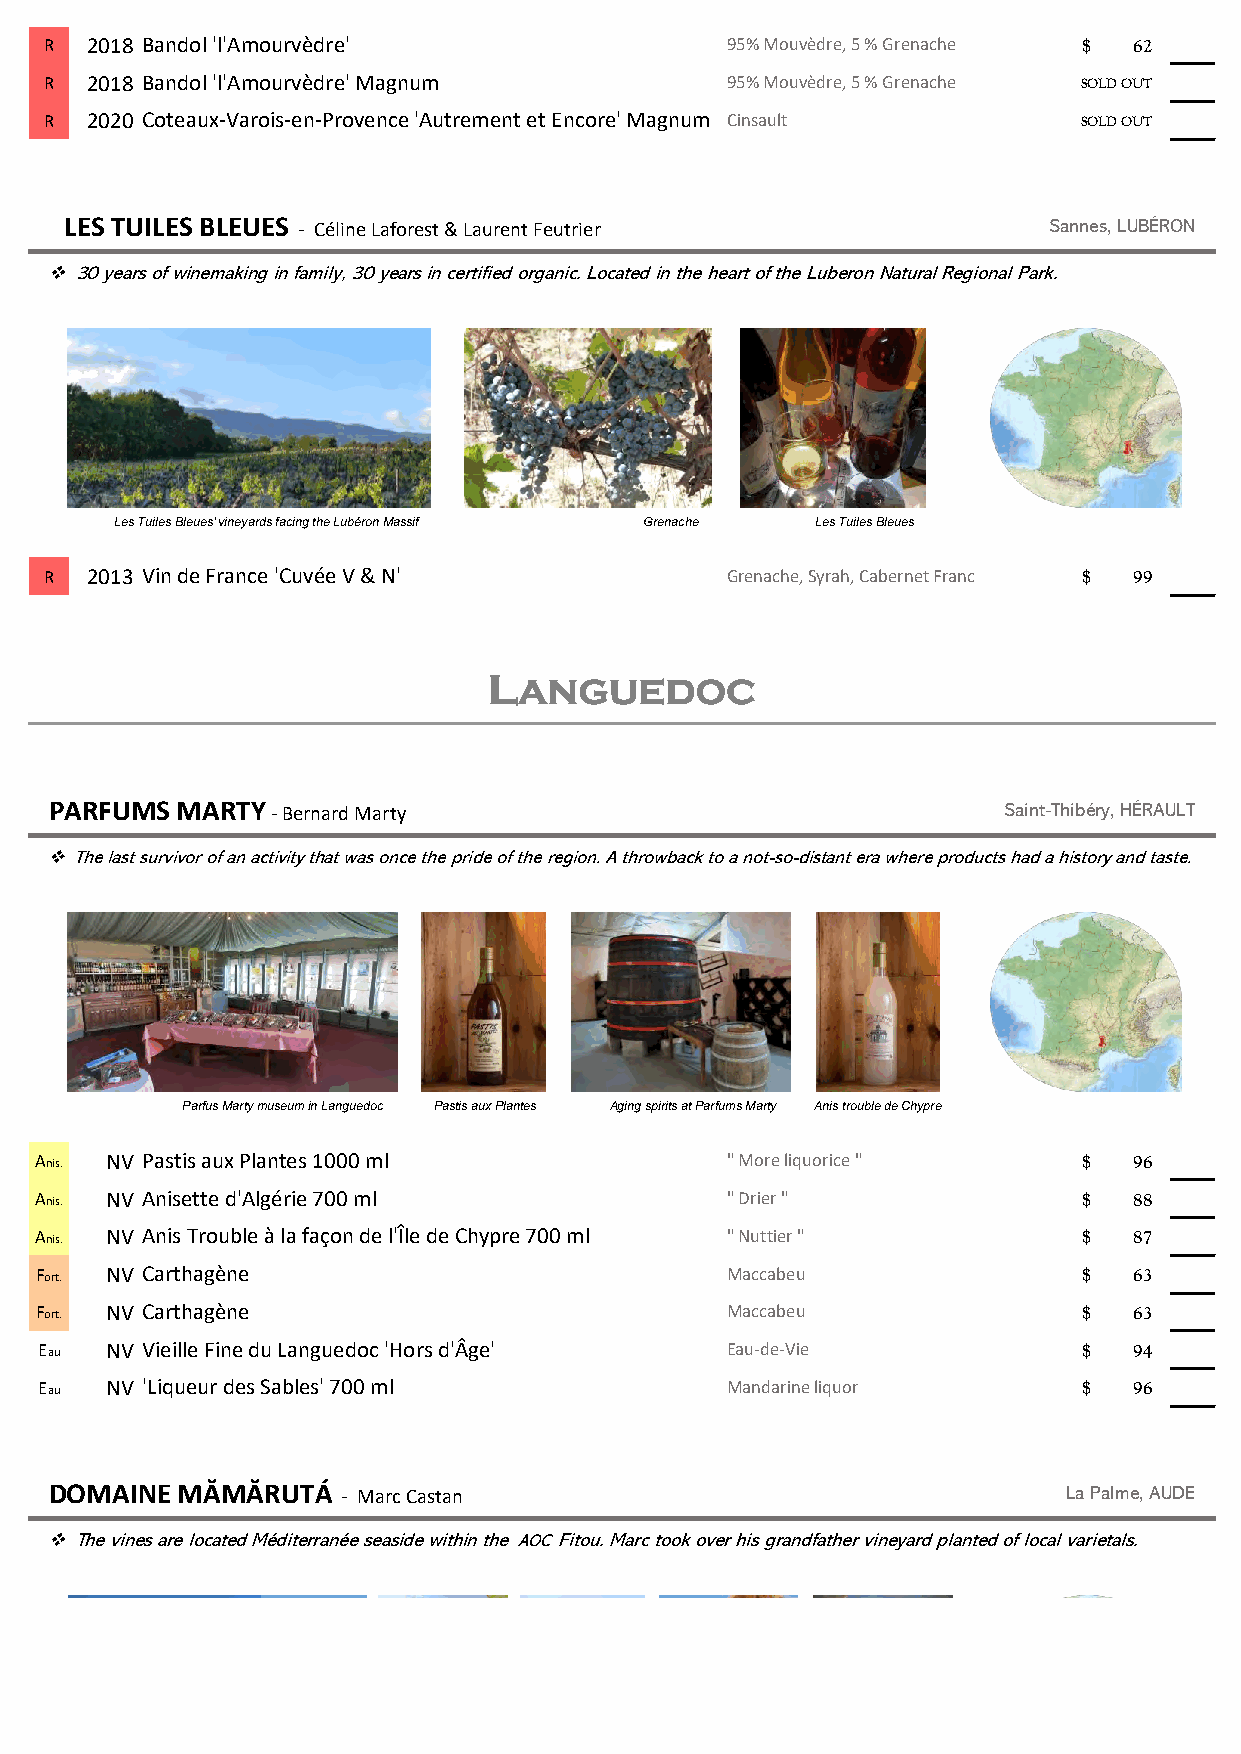
R  2018 Bandol 'l'Amourvèdre'                95% Mouvèdre, 5 % Grenache $ 62
 R  2018 Bandol 'l'Amourvèdre' Magnum         95% Mouvèdre, 5 % Grenache SOLD OUT
 R  2020 Coteaux-Varois-en-Provence 'Autrement et Encore' Magnum Cinsault SOLD OUT
 LES TUILES BLEUES - Céline Laforest & Laurent Feutrier           Sannes, LUBÉRON
 ❖ 30 years of winemaking in family, 30 years in certified organic. Located in the heart of the Luberon Natural Regional Park.
 Les Tuiles Bleues' vineyards facing the Lubéron Massif Grenache Les Tuiles Bleues
 R  2013 Vin de France 'Cuvée V & N'          Grenache, Syrah, Cabernet Franc $ 99
 LANGUEDOC
 PARFUMS  MARTY - Bernard Marty                                 Saint-Thibéry, HÉRAULT
 ❖ The last survivor of an activity that was once the pride of the region. A throwback to a not-so-distant era where products had a history and taste.
 Parfus Marty museumin Languedoc Pastis aux Plantes Aging spirits at Parfums Marty Anis trouble de Chypre
 Anis. NV Pastis aux Plantes 1000 ml           " More liquorice "      $  96
 Anis. NV Anisette d'Algérie 700 ml            " Drier "               $  88
 Anis. NV Anis Trouble à la façon de l'Île de Chypre 700 ml " Nuttier " $ 87
 Fort. NV Carthagène                           Maccabeu                $  63
 Fort. NV Carthagène                           Maccabeu                $  63
 Eau NV Vieille Fine du Languedoc 'Hors d'Âge' Eau-de-Vie             $  94
 Eau NV 'Liqueur des Sables' 700 ml           Mandarine liquor        $  96
 DOMAINE  MĂMĂRUTÁ   - Marc Castan                                   La Palme, AUDE
 ❖ The vines are located Méditerranée seaside within the AOC Fitou. Marc took over his grandfather vineyard planted of local varietals.